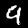
Digit: 9